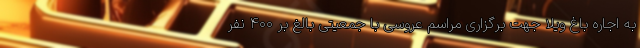
به اجاره باغ ویلا جهت برگزاری مراسم عروسی با جمعیتی بالغ بر ۴۰۰ نفر